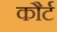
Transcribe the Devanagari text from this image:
कौर्ट